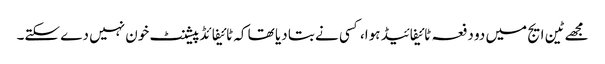
مجھے ٹین ایج میں دو دفعہ ٹائیفائیڈ ہوا، کسی نے بتا دیا تھا کہ ٹائیفائڈ پیشنٹ خون نہیں دے سکتے۔